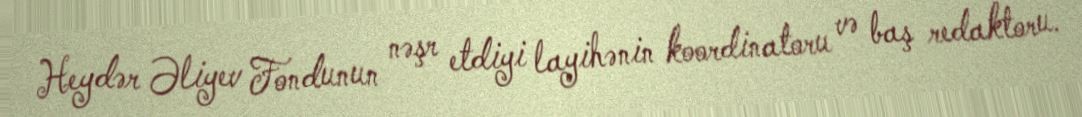
Heydər Əliyev Fondunun nəşr etdiyi layihənin koordinatoru və baş redaktoru.